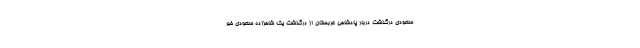
سعودی درگذشت دربار پادشاهی عربستان از درگذشت یک شاهزاده سعودی خبر